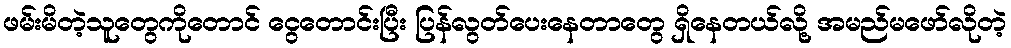
ဖမ်းမိတဲ့သူတွေကိုတောင် ငွေတောင်းပြီး ပြန်လွတ်ပေးနေတာတွေ ရှိနေတယ်လို့ အမည်မဖော်လိုတဲ့